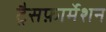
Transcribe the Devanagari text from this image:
ट्रैसफ़ार्मेशन